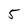
Character: 5